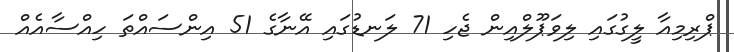
ޕްރިމިއާ ލީގުގައި ލިވަޕޫލްއިން ޖެހި 71 ލަނޑުގައި އޭނާގެ 51 އިންސައްތަ ހިއްސާއެއް